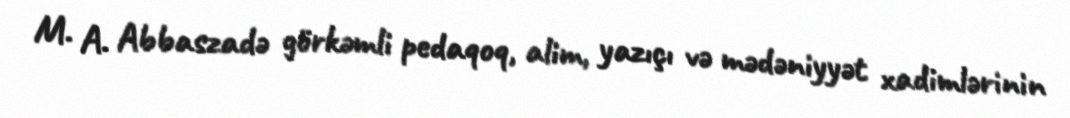
M. A. Abbaszadə görkəmli pedaqoq, alim, yazıçı və mədəniyyət xadimlərinin